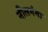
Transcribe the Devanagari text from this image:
नीलगंगा